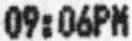
09:06PM